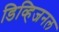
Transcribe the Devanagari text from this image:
डिव्हिजनल